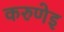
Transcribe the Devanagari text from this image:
करुणेइ